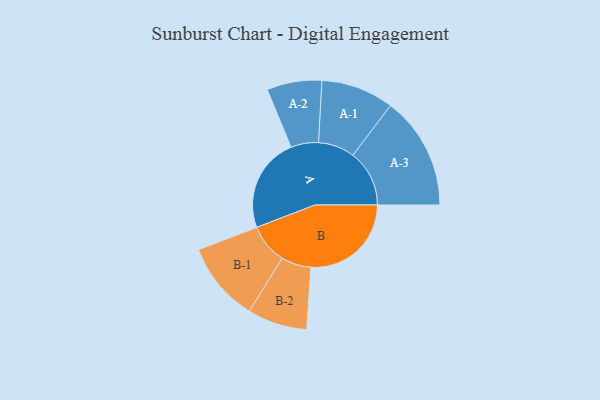
{"axis": {"x": "Segment", "y": "Value"}, "legend": ["", "A", "B"], "data": [{"x": "A", "y": 434, "type": ""}, {"x": "B", "y": 460, "type": ""}, {"x": "A-1", "y": 167, "type": "A"}, {"x": "A-2", "y": 126, "type": "A"}, {"x": "A-3", "y": 259, "type": "A"}, {"x": "B-1", "y": 183, "type": "B"}, {"x": "B-2", "y": 137, "type": "B"}]}